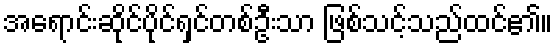
အရောင်းဆိုင်ပိုင်ရှင်တစ်ဦးသာ ဖြစ်သင့်သည်ထင်၏။